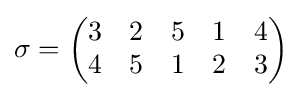
\sigma ={\begin{pmatrix}3&2&5&1&4\\4&5&1&2&3\end{pmatrix}}